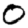
Digit: 0